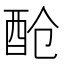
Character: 𮠞